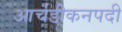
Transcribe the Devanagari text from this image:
आर्चडीकनपदी